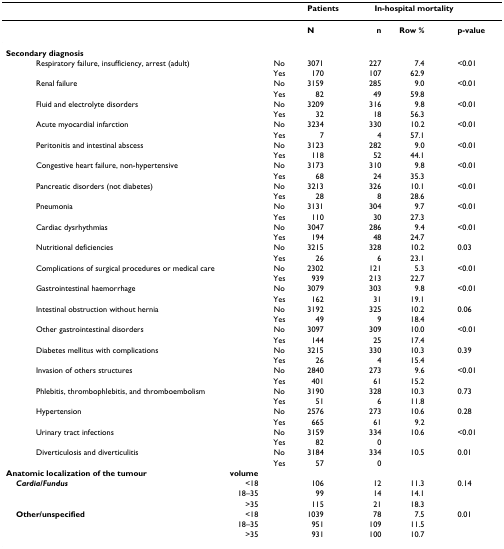
<table><thead><tr><td></td><td></td><td></td><td><b>Patients</b></td><td colspan="3"><b>In-hospital mortality</b></td></tr></thead><tbody><tr><td></td><td></td><td></td><td><b>N</b></td><td><b>n</b></td><td><b>Row %</b></td><td><b>p-value</b></td></tr><tr><td><b>Secondary diagnosis</b></td><td></td><td></td><td></td><td></td><td></td><td></td></tr><tr><td> Respiratory failure, insufficiency, arrest (adult)</td><td></td><td>No</td><td>3071</td><td>227</td><td>7.4</td><td>&lt;0.01</td></tr><tr><td></td><td></td><td>Yes</td><td>170</td><td>107</td><td>62.9</td><td></td></tr><tr><td> Renal failure</td><td></td><td>No</td><td>3159</td><td>285</td><td>9.0</td><td>&lt;0.01</td></tr><tr><td></td><td></td><td>Yes</td><td>82</td><td>49</td><td>59.8</td><td></td></tr><tr><td> Fluid and electrolyte disorders</td><td></td><td>No</td><td>3209</td><td>316</td><td>9.8</td><td>&lt;0.01</td></tr><tr><td></td><td></td><td>Yes</td><td>32</td><td>18</td><td>56.3</td><td></td></tr><tr><td> Acute myocardial infarction</td><td></td><td>No</td><td>3234</td><td>330</td><td>10.2</td><td>&lt;0.01</td></tr><tr><td></td><td></td><td>Yes</td><td>7</td><td>4</td><td>57.1</td><td></td></tr><tr><td> Peritonitis and intestinal abscess</td><td></td><td>No</td><td>3123</td><td>282</td><td>9.0</td><td>&lt;0.01</td></tr><tr><td></td><td></td><td>Yes</td><td>118</td><td>52</td><td>44.1</td><td></td></tr><tr><td> Congestive heart failure, non-hypertensive</td><td></td><td>No</td><td>3173</td><td>310</td><td>9.8</td><td>&lt;0.01</td></tr><tr><td></td><td></td><td>Yes</td><td>68</td><td>24</td><td>35.3</td><td></td></tr><tr><td> Pancreatic disorders (not diabetes)</td><td></td><td>No</td><td>3213</td><td>326</td><td>10.1</td><td>&lt;0.01</td></tr><tr><td></td><td></td><td>Yes</td><td>28</td><td>8</td><td>28.6</td><td></td></tr><tr><td> Pneumonia</td><td></td><td>No</td><td>3131</td><td>304</td><td>9.7</td><td>&lt;0.01</td></tr><tr><td></td><td></td><td>Yes</td><td>110</td><td>30</td><td>27.3</td><td></td></tr><tr><td> Cardiac dysrhythmias</td><td></td><td>No</td><td>3047</td><td>286</td><td>9.4</td><td>&lt;0.01</td></tr><tr><td></td><td></td><td>Yes</td><td>194</td><td>48</td><td>24.7</td><td></td></tr><tr><td> Nutritional deficiencies</td><td></td><td>No</td><td>3215</td><td>328</td><td>10.2</td><td>0.03</td></tr><tr><td></td><td></td><td>Yes</td><td>26</td><td>6</td><td>23.1</td><td></td></tr><tr><td> Complications of surgical procedures or medical care</td><td></td><td>No</td><td>2302</td><td>121</td><td>5.3</td><td>&lt;0.01</td></tr><tr><td></td><td></td><td>Yes</td><td>939</td><td>213</td><td>22.7</td><td></td></tr><tr><td> Gastrointestinal haemorrhage</td><td></td><td>No</td><td>3079</td><td>303</td><td>9.8</td><td>&lt;0.01</td></tr><tr><td></td><td></td><td>Yes</td><td>162</td><td>31</td><td>19.1</td><td></td></tr><tr><td> Intestinal obstruction without hernia</td><td></td><td>No</td><td>3192</td><td>325</td><td>10.2</td><td>0.06</td></tr><tr><td></td><td></td><td>Yes</td><td>49</td><td>9</td><td>18.4</td><td></td></tr><tr><td> Other gastrointestinal disorders</td><td></td><td>No</td><td>3097</td><td>309</td><td>10.0</td><td>&lt;0.01</td></tr><tr><td></td><td></td><td>Yes</td><td>144</td><td>25</td><td>17.4</td><td></td></tr><tr><td> Diabetes mellitus with complications</td><td></td><td>No</td><td>3215</td><td>330</td><td>10.3</td><td>0.39</td></tr><tr><td></td><td></td><td>Yes</td><td>26</td><td>4</td><td>15.4</td><td></td></tr><tr><td> Invasion of others structures</td><td></td><td>No</td><td>2840</td><td>273</td><td>9.6</td><td>&lt;0.01</td></tr><tr><td></td><td></td><td>Yes</td><td>401</td><td>61</td><td>15.2</td><td></td></tr><tr><td> Phlebitis, thrombophlebitis, and thromboembolism</td><td></td><td>No</td><td>3190</td><td>328</td><td>10.3</td><td>0.73</td></tr><tr><td></td><td></td><td>Yes</td><td>51</td><td>6</td><td>11.8</td><td></td></tr><tr><td> Hypertension</td><td></td><td>No</td><td>2576</td><td>273</td><td>10.6</td><td>0.28</td></tr><tr><td></td><td></td><td>Yes</td><td>665</td><td>61</td><td>9.2</td><td></td></tr><tr><td> Urinary tract infections</td><td></td><td>No</td><td>3159</td><td>334</td><td>10.6</td><td>&lt;0.01</td></tr><tr><td></td><td></td><td>Yes</td><td>82</td><td>0</td><td></td><td></td></tr><tr><td> Diverticulosis and diverticulitis</td><td></td><td>No</td><td>3184</td><td>334</td><td>10.5</td><td>0.01</td></tr><tr><td></td><td></td><td>Yes</td><td>57</td><td>0</td><td></td><td></td></tr><tr><td><b>Anatomic localization of the tumour</b></td><td><b>volume</b></td><td></td><td></td><td></td><td></td><td></td></tr><tr><td> <b><i>Cardia/Fundus</i></b></td><td>&lt;18</td><td></td><td>106</td><td>12</td><td>11.3</td><td>0.14</td></tr><tr><td></td><td>18–35</td><td></td><td>99</td><td>14</td><td>14.1</td><td></td></tr><tr><td></td><td>&gt;35</td><td></td><td>115</td><td>21</td><td>18.3</td><td></td></tr><tr><td> <b>Other/unspecified</b></td><td>&lt;18</td><td></td><td>1039</td><td>78</td><td>7.5</td><td>0.01</td></tr><tr><td></td><td>18–35</td><td></td><td>951</td><td>109</td><td>11.5</td><td></td></tr><tr><td></td><td>&gt;35</td><td></td><td>931</td><td>100</td><td>10.7</td><td></td></tr></tbody></table>